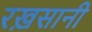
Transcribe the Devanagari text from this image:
रख़सानी